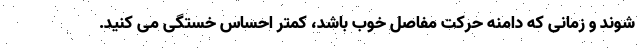
شوند و زمانی که دامنه حرکت مفاصل خوب باشد، کمتر احساس خستگی می کنید.